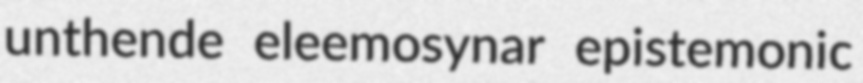
unthende eleemosynar epistemonic